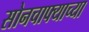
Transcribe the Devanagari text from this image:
सोनचाफ्याच्या